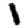
Digit: 1